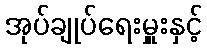
အုပ်ချုပ်ရေးမှူးနှင့်